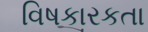
વિષકારકતા